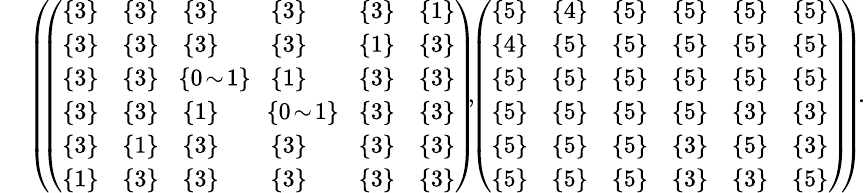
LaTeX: \begin{array}{rl}&{\small{\left(\! \! \left(\begin{array}{llllll}{\{ 3\} }&{\{ 3\} }&{\{ 3\} }&{\{ 3\} }&{\{ 3\} }&{\{ 1\} }\\ {\{ 3\} }&{\{ 3\} }&{\{ 3\} }&{\{ 3\} }&{\{ 1\} }&{\{ 3\} }\\ {\{ 3\} }&{\{ 3\} }&{\! \{ 0\! \sim\! 1\} \! }&{\{ 1\} }&{\{ 3\} }&{\{ 3\} }\\ {\{ 3\} }&{\{ 3\} }&{\{ 1\} }&{\! \{ 0\! \sim\! 1\} \! }&{\{ 3\} }&{\{ 3\} }\\ {\{ 3\} }&{\{ 1\} }&{\{ 3\} }&{\{ 3\} }&{\{ 3\} }&{\{ 3\} }\\ {\{ 1\} }&{\{ 3\} }&{\{ 3\} }&{\{ 3\} }&{\{ 3\} }&{\{ 3\} }\end{array}\right)\! \! ,\! \! \left(\begin{array}{llllll}{\{ 5\} }&{\{ 4\} }&{\{ 5\} }&{\{ 5\} }&{\{ 5\} }&{\{ 5\} }\\ {\{ 4\} }&{\{ 5\} }&{\{ 5\} }&{\{ 5\} }&{\{ 5\} }&{\{ 5\} }\\ {\{ 5\} }&{\{ 5\} }&{\{ 5\} }&{\{ 5\} }&{\{ 5\} }&{\{ 5\} }\\ {\{ 5\} }&{\{ 5\} }&{\{ 5\} }&{\{ 5\} }&{\{ 3\} }&{\{ 3\} }\\ {\{ 5\} }&{\{ 5\} }&{\{ 5\} }&{\{ 3\} }&{\{ 5\} }&{\{ 3\} }\\ {\{ 5\} }&{\{ 5\} }&{\{ 5\} }&{\{ 3\} }&{\{ 3\} }&{\{ 5\} }\end{array}\right)\! \! \right)\! .}}\end{array}